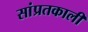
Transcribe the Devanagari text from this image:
सांप्रतकाली